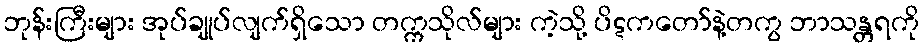
ဘုန်းကြီးများ အုပ်ချုပ်လျက်ရှိသော တက္ကသိုလ်များ ကဲ့သို့ ပိဋကတော်နဲ့တကွ ဘာသန္တရကို